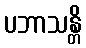
ပဘာသန္တိ